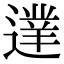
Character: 𨖐